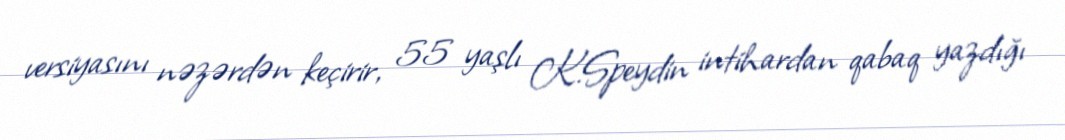
versiyasını nəzərdən keçirir, 55 yaşlı K.Speydin intihardan qabaq yazdığı